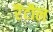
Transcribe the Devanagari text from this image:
रैंटौल